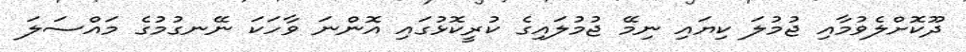
ދޫކޮށްލެވުމާއި ޖުމުލަ ކިޔައި ނިމޭ ޖުމުލައިގެ ކުރީކޮޅުގައި އޮންނަ ވާހަކަ ނޭނގުމުގެ މައްސަލަ